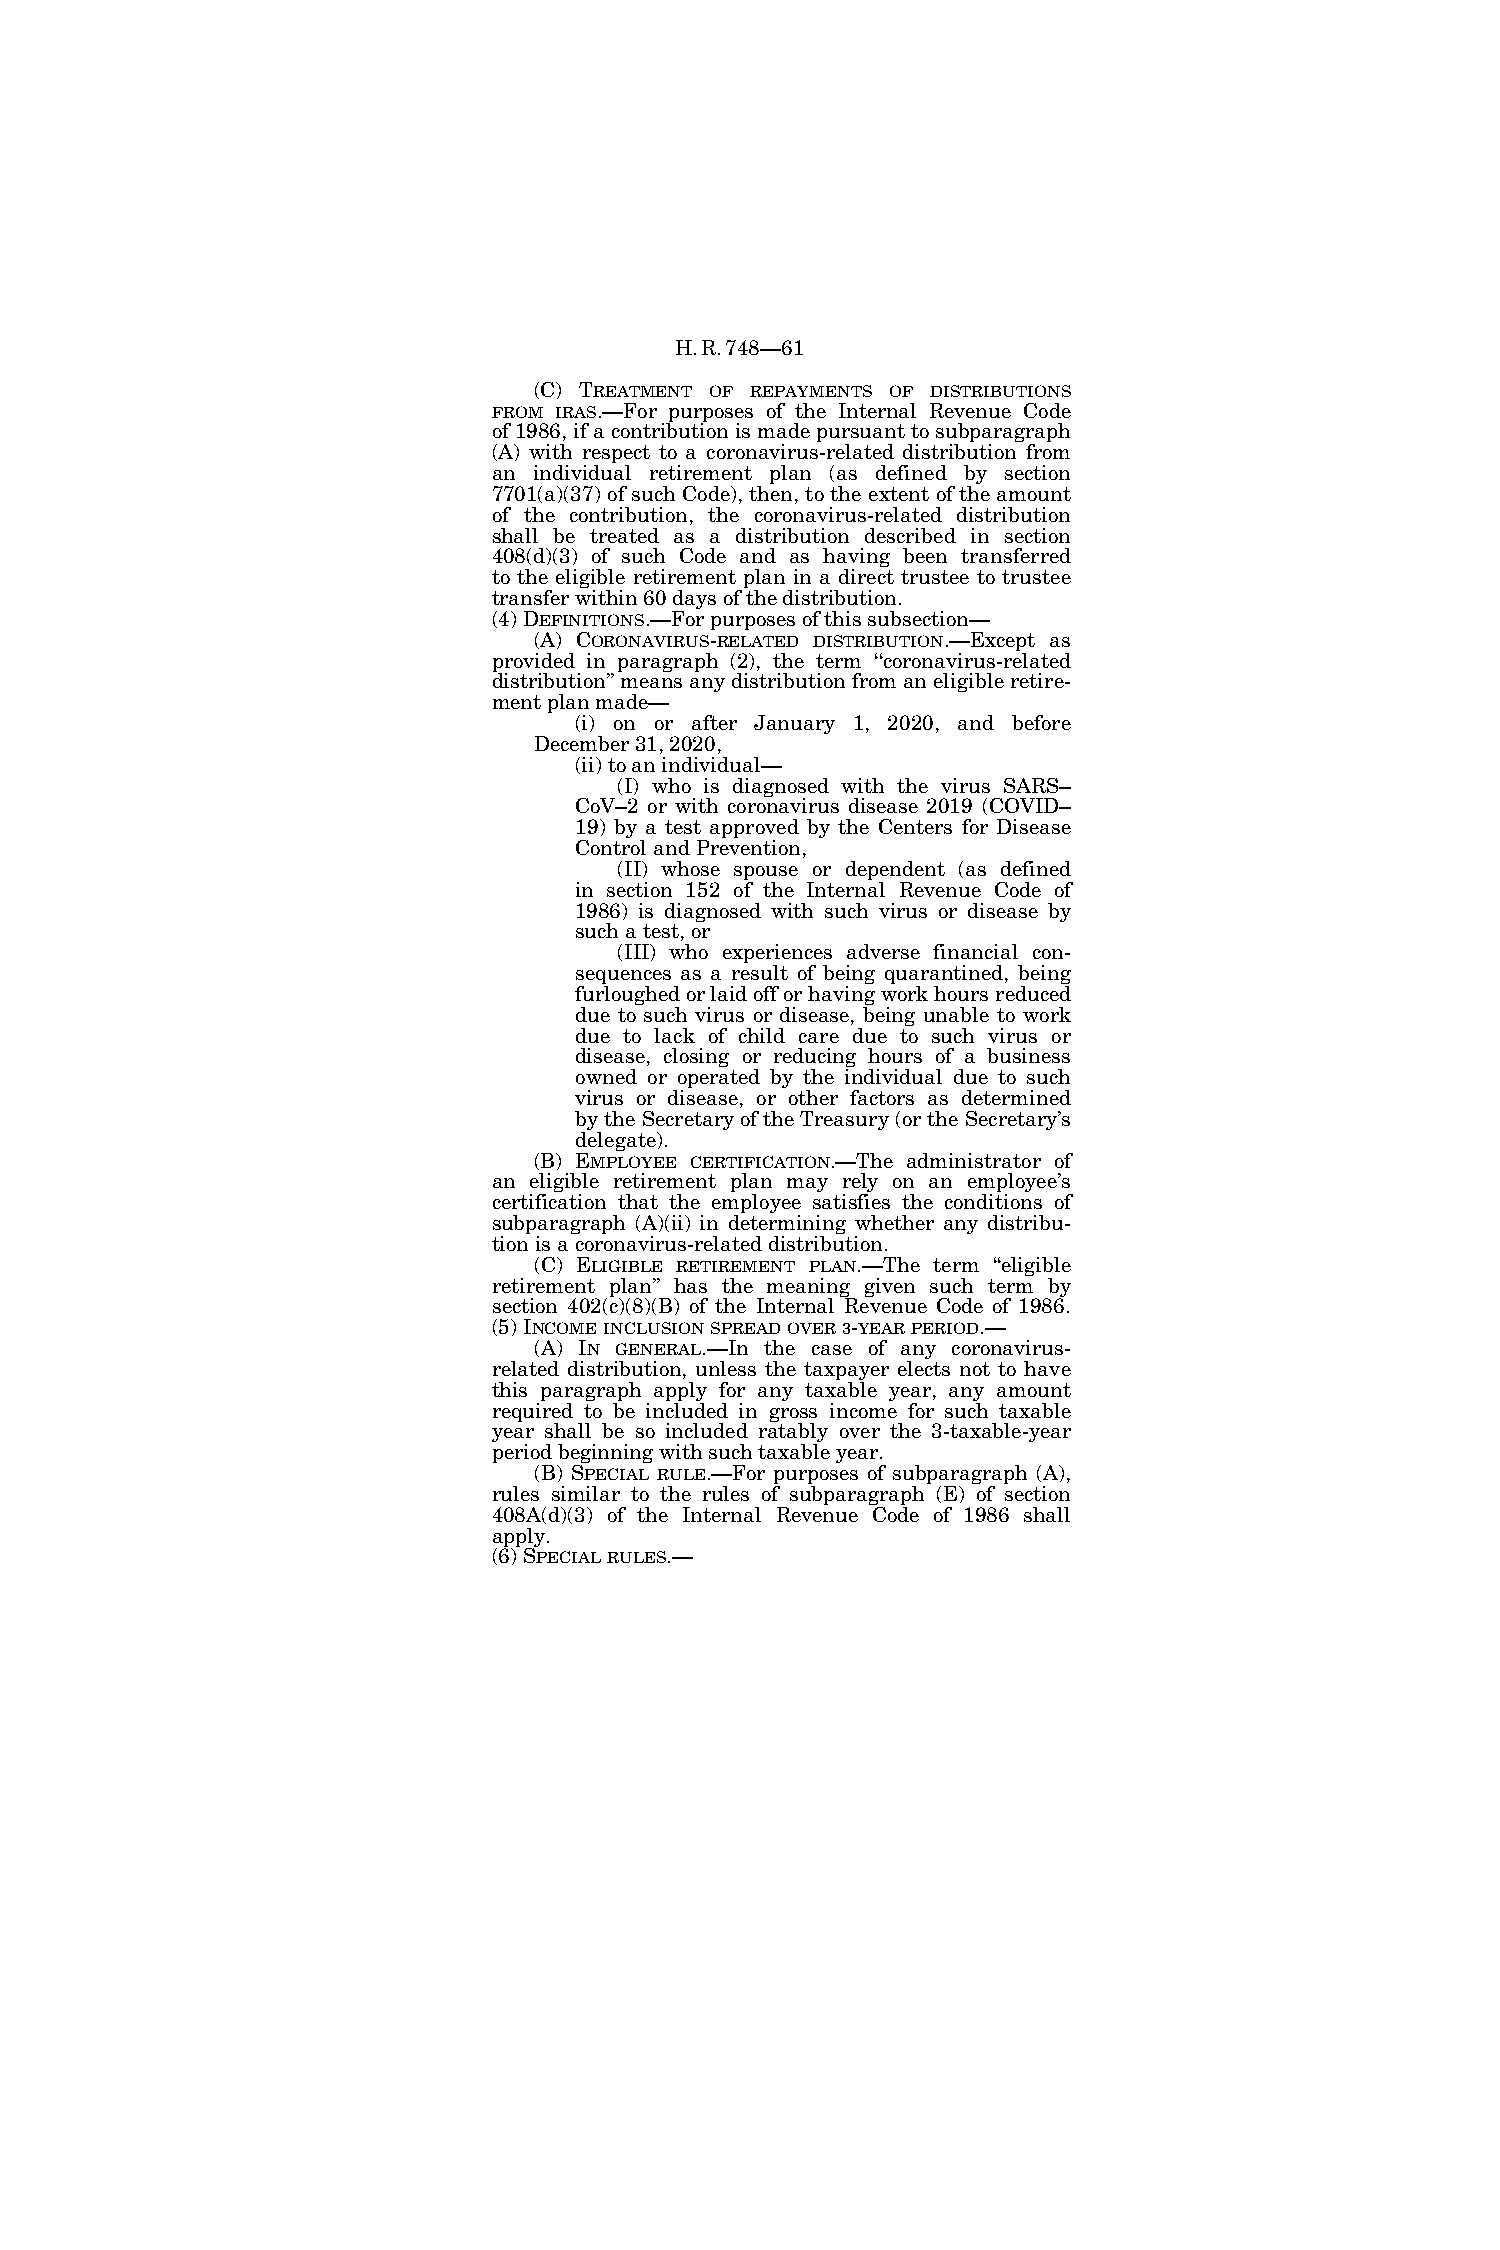
H.R.748—61
 (C) TREATMENT OF REPAYMENTS OF DISTRIBUTIONS
 FROM IRAS.—For purposes of the Internal Revenue Code
 of 1986, if a contribution is made pursuant to subparagraph
 (A) with respect to a coronavirus-related distribution from
 an individual retirement plan (as defined by section
 7701(a)(37) of such Code), then, to the extent of the amount
 of the contribution, the coronavirus-related distribution
 shall be treated as a distribution described in section
 408(d)(3) of such Code and as having been transferred
 to the eligible retirement plan in a direct trustee to trustee
 transfer within 60 days of the distribution.
 (4) DEFINITIONS.—For purposes of this subsection—
 (A) CORONAVIRUS-RELATED DISTRIBUTION.—Except as
 provided in paragraph (2), the term ‘‘coronavirus-related
 distribution’’ means any distribution from an eligible retire-
 ment plan made—
 (i) on or after January 1, 2020, and before
 December 31, 2020,
 (ii) to an individual—
 (I) who is diagnosed with the virus SARS–
 CoV–2 or with coronavirus disease 2019 (COVID–
 19) by a test approved by the Centers for Disease
 Control and Prevention,
 (II) whose spouse or dependent (as defined
 in section 152 of the Internal Revenue Code of
 1986) is diagnosed with such virus or disease by
 such a test, or
 (III) who experiences adverse financial con-
 sequences as a result of being quarantined, being
 furloughed or laid off or having work hours reduced
 due to such virus or disease, being unable to work
 due to lack of child care due to such virus or
 disease, closing or reducing hours of a business
 owned or operated by the individual due to such
 virus or disease, or other factors as determined
 by the Secretary of the Treasury (or the Secretary’s
 delegate).
 (B) EMPLOYEE CERTIFICATION.—The administrator of
 an eligible retirement plan may rely on an employee’s
 certification that the employee satisfies the conditions of
 subparagraph (A)(ii) in determining whether any distribu-
 tion is a coronavirus-related distribution.
 (C) ELIGIBLE RETIREMENT PLAN.—The term ‘‘eligible
 retirement plan’’ has the meaning given such term by
 section 402(c)(8)(B) of the Internal Revenue Code of 1986.
 (5) INCOMEINCLUSIONSPREADOVER3-YEARPERIOD.—
 (A) IN GENERAL.—In the case of any coronavirus-
 related distribution, unless the taxpayer elects not to have
 this paragraph apply for any taxable year, any amount
 required to be included in gross income for such taxable
 year shall be so included ratably over the 3-taxable-year
 period beginning with such taxable year.
 (B) SPECIAL RULE.—For purposes of subparagraph (A),
 rules similar to the rules of subparagraph (E) of section
 408A(d)(3) of the Internal Revenue Code of 1986 shall
 apply.
 (6) SPECIALRULES.—